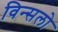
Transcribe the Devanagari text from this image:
विन्सलो